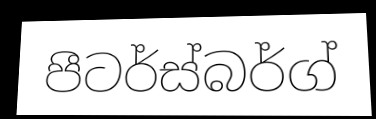
පීටර්ස්බර්ග්